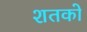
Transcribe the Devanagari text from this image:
शतको